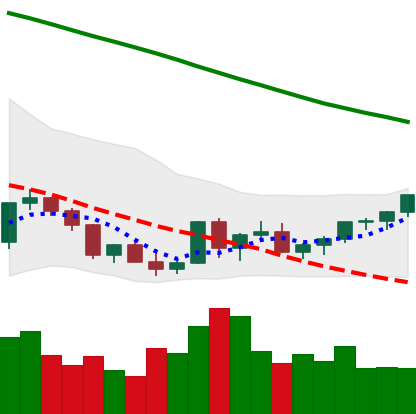
Ticker: XLM-USD
Chart end date: 2022-03-19
Forward return: 7.382%
Label: up_7plus